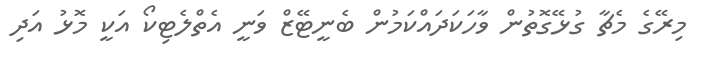
މިރޭގެ މެޗާ ގުޅޭގޮތުން ވާހަކަދައްކަމުން ބެނީޓޭޒް ވަނީ އެތްލެޓިކޯ އަކީ މޮޅު އަދި